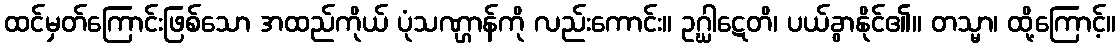
ထင်မှတ်ကြောင်းဖြစ်သော အထည်ကိုယ် ပုံသဏ္ဌာန်ကို လည်းကောင်း။ ဥဂ္ဃါဋေတိ၊ ပယ်ခွာနိုင်၏။ တသ္မာ၊ ထို့ကြောင့်။